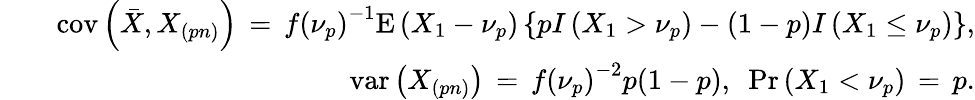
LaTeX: \begin{array}{rlr}&{}&{\mathrm{cov}\left(\bar{X},X_{(pn)}\right)\, =\, f\left(\nu_{p}\right)^{-1}\mathrm{E}\left(X_{1}-\nu_{p}\right)\left\{ pI\left(X_{1}>\nu_{p}\right)-(1-p)I\left(X_{1}\le\nu_{p}\right)\right\} ,}\\ &{}&{\mathrm{var}\left(X_{(pn)}\right)\, =\, f\left(\nu_{p}\right)^{-2}p(1-p),\, \, \, \mathrm{Pr}\left(X_{1}<\nu_{p}\right)\, =\, p.}\end{array}